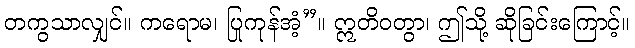
တကွသာလျှင်။ ကရောမ၊ ပြုကုန်အံ့”။ ဣတိဝတွာ၊ ဤသို့ ဆိုခြင်းကြောင့်။